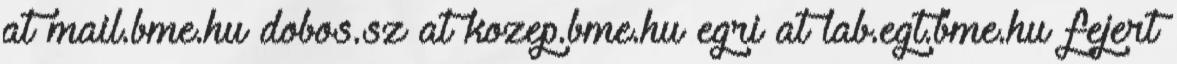
at mail.bme.hu dobos.sz at kozep.bme.hu egri at lab.egt.bme.hu fejert